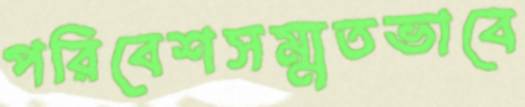
পরিবেশসম্মতভাবে